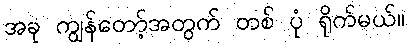
အခု ကျွန်တော့်အတွက် တစ် ပုံ ရိုက်မယ်။